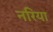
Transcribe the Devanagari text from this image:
नरिया